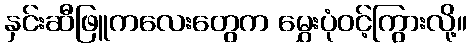
နှင်းဆီဖြူကလေးတွေက မွှေးပုံဝင့်ကြွားလို့။